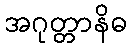
အဂုတ္တာနိဓ